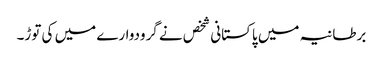
برطانیہ میں پاکستانی شخص نے گرودوارے میں کی توڑ۔